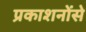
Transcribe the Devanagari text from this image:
प्रकाशनोंसे